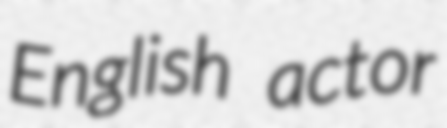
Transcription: English actor